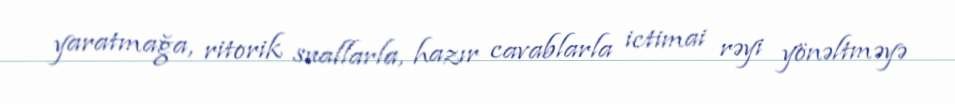
yaratmağa, ritorik suallarla, hazır cavablarla ictimai rəyi yönəltməyə